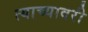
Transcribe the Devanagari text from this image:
त्याच्यावरी